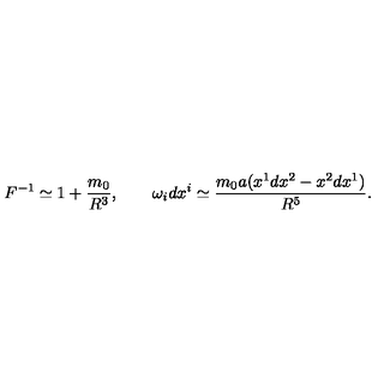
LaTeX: F ^ { - 1 } \simeq 1 + { \frac { m _ { 0 } } { R ^ { 3 } } } , \qquad \omega _ { i } d x ^ { i } \simeq { \frac { m _ { 0 } a ( x ^ { 1 } d x ^ { 2 } - x ^ { 2 } d x ^ { 1 } ) } { R ^ { 5 } } } .